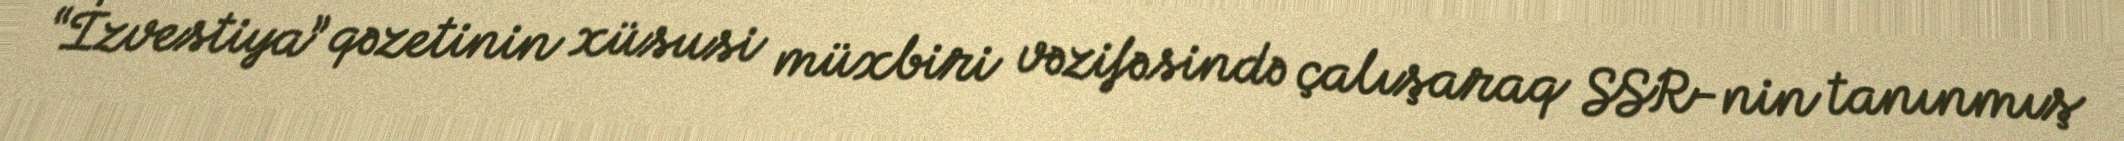
“İzvestiya” qəzetinin xüsusi müxbiri vəzifəsində çalışaraq SSR-nin tanınmış